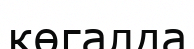
көгалда